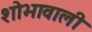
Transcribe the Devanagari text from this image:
शोभावाली